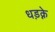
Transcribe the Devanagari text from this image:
धड़क्ने